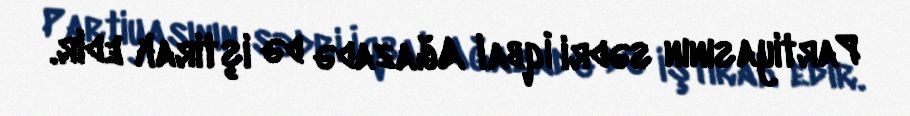
Partiyasının sədri İqbal Ağazadə də iştirak edir.